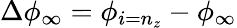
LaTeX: \Delta\phi_{\infty}=\phi_{i=n_{z}}-\phi_{\infty}